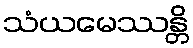
သံယမေဿန္တိ